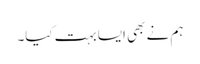
ہم نے بھی ایسا بہت کیا۔